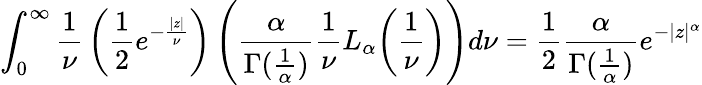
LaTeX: \int_{0}^{\infty}{\frac{1}{\nu}}\left({\frac{1}{2}}e^{-{\frac{|z|}{\nu}}}\right)\left({\frac{\alpha}{\Gamma({\frac{1}{\alpha}})}}{\frac{1}{\nu}}L_{\alpha}{\left({\frac{1}{\nu}}\right)}\right)d\nu={\frac{1}{2}}{\frac{\alpha}{\Gamma({\frac{1}{\alpha}})}}e^{-|z|^{\alpha}}